Leprosy in India: report of the Leprosy Commission in India, 1890-91
Year: 1890
Disease focus: Leprosy
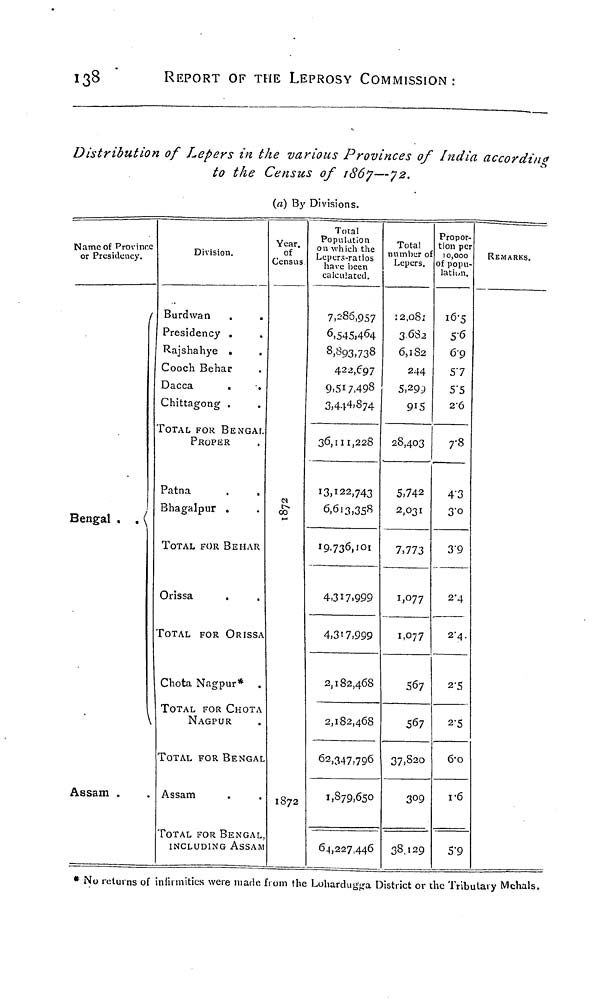
138
REPORT OF THE LEPROSY COMMISSION:
Distribution of Lepers in the various Provinces of India according
to the Census of 1867—72.
(a) By Divisions.
Name of Province
or Presidency.
Bengal . . (
\
Assam .
Division.
Burdwan
.
.
Presidency .
Rajshahye .
Cooch Behar
Dacca
Chittagong .
TOTAL FOR BENGAL
PROPER
Patna
Bhagalpur .
TOTAL FOR BEHAR
Orissa
.
TOTAL FOR ORISSA
Chota Nagpur* .
TOTAL FOR CHOTA
NAGPUR
TOTAL FOR BENGAL
Assam
TOTAL FOR BENGAL
INCLUDING ASSAK
Year,
of
Census
00
1872
Total
Population
on which the
Lepers-ratios
have been
calculated.
7,286,957
6,545,464
8,893,738
422,697
9,517,498
3,444,874
36,111,228
13,122,743
6,613,358
19,736,101
4,317,999
4,317,999
2,182,468
2,182,468
62,347,796
1,879,650
64,227,446
Total
number of
Lepers.
12,081
3682
6,182
244
5,209
915
28,403
5,742
2,031
7,773
1,077
1,077
567
567
37,820
38 129
Propor-
tion per
10,000
of popu-
lation.
16·5
5·6
69
57
5·5
2·6
7·8
4·3
3·0
3·9
2·4
2·4.
2·5
2·5
6·0
1·6
5·9
REMARKS.
* No returns of infirmities were made from the Lohardugga District or the Tribulaiy Mehals,